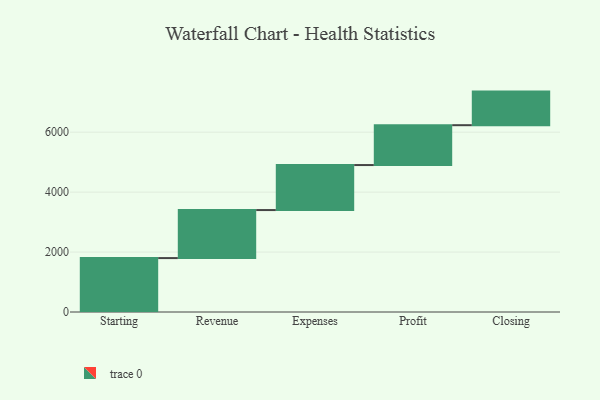
{"axis": {"x": "Step", "y": "Value"}, "legend": [""], "data": [{"x": "Starting", "y": 1799.0, "type": ""}, {"x": "Revenue", "y": 1603.0, "type": ""}, {"x": "Expenses", "y": 1502.0, "type": ""}, {"x": "Profit", "y": 1330.0, "type": ""}, {"x": "Closing", "y": 1121.0, "type": ""}]}